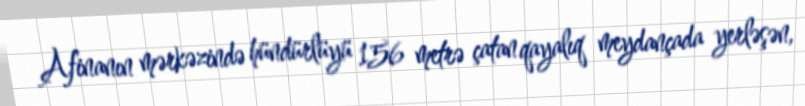
Afinanın mərkəzində hündürlüyü 156 metrə çatan qayalıq meydançada yerləşən,